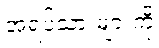
အရပ်သားများကို